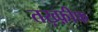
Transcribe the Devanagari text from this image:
तख़्फ़ीफ